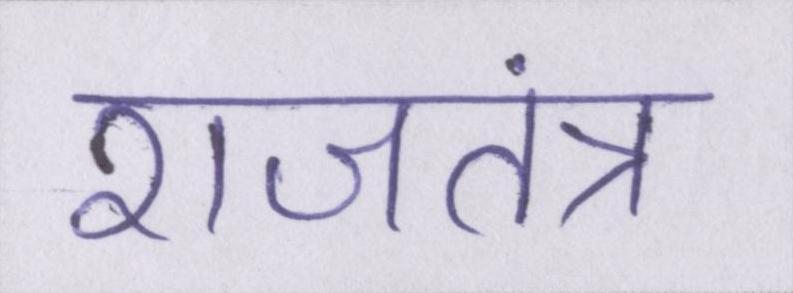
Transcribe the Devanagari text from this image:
राजतंत्र